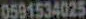
0591534025